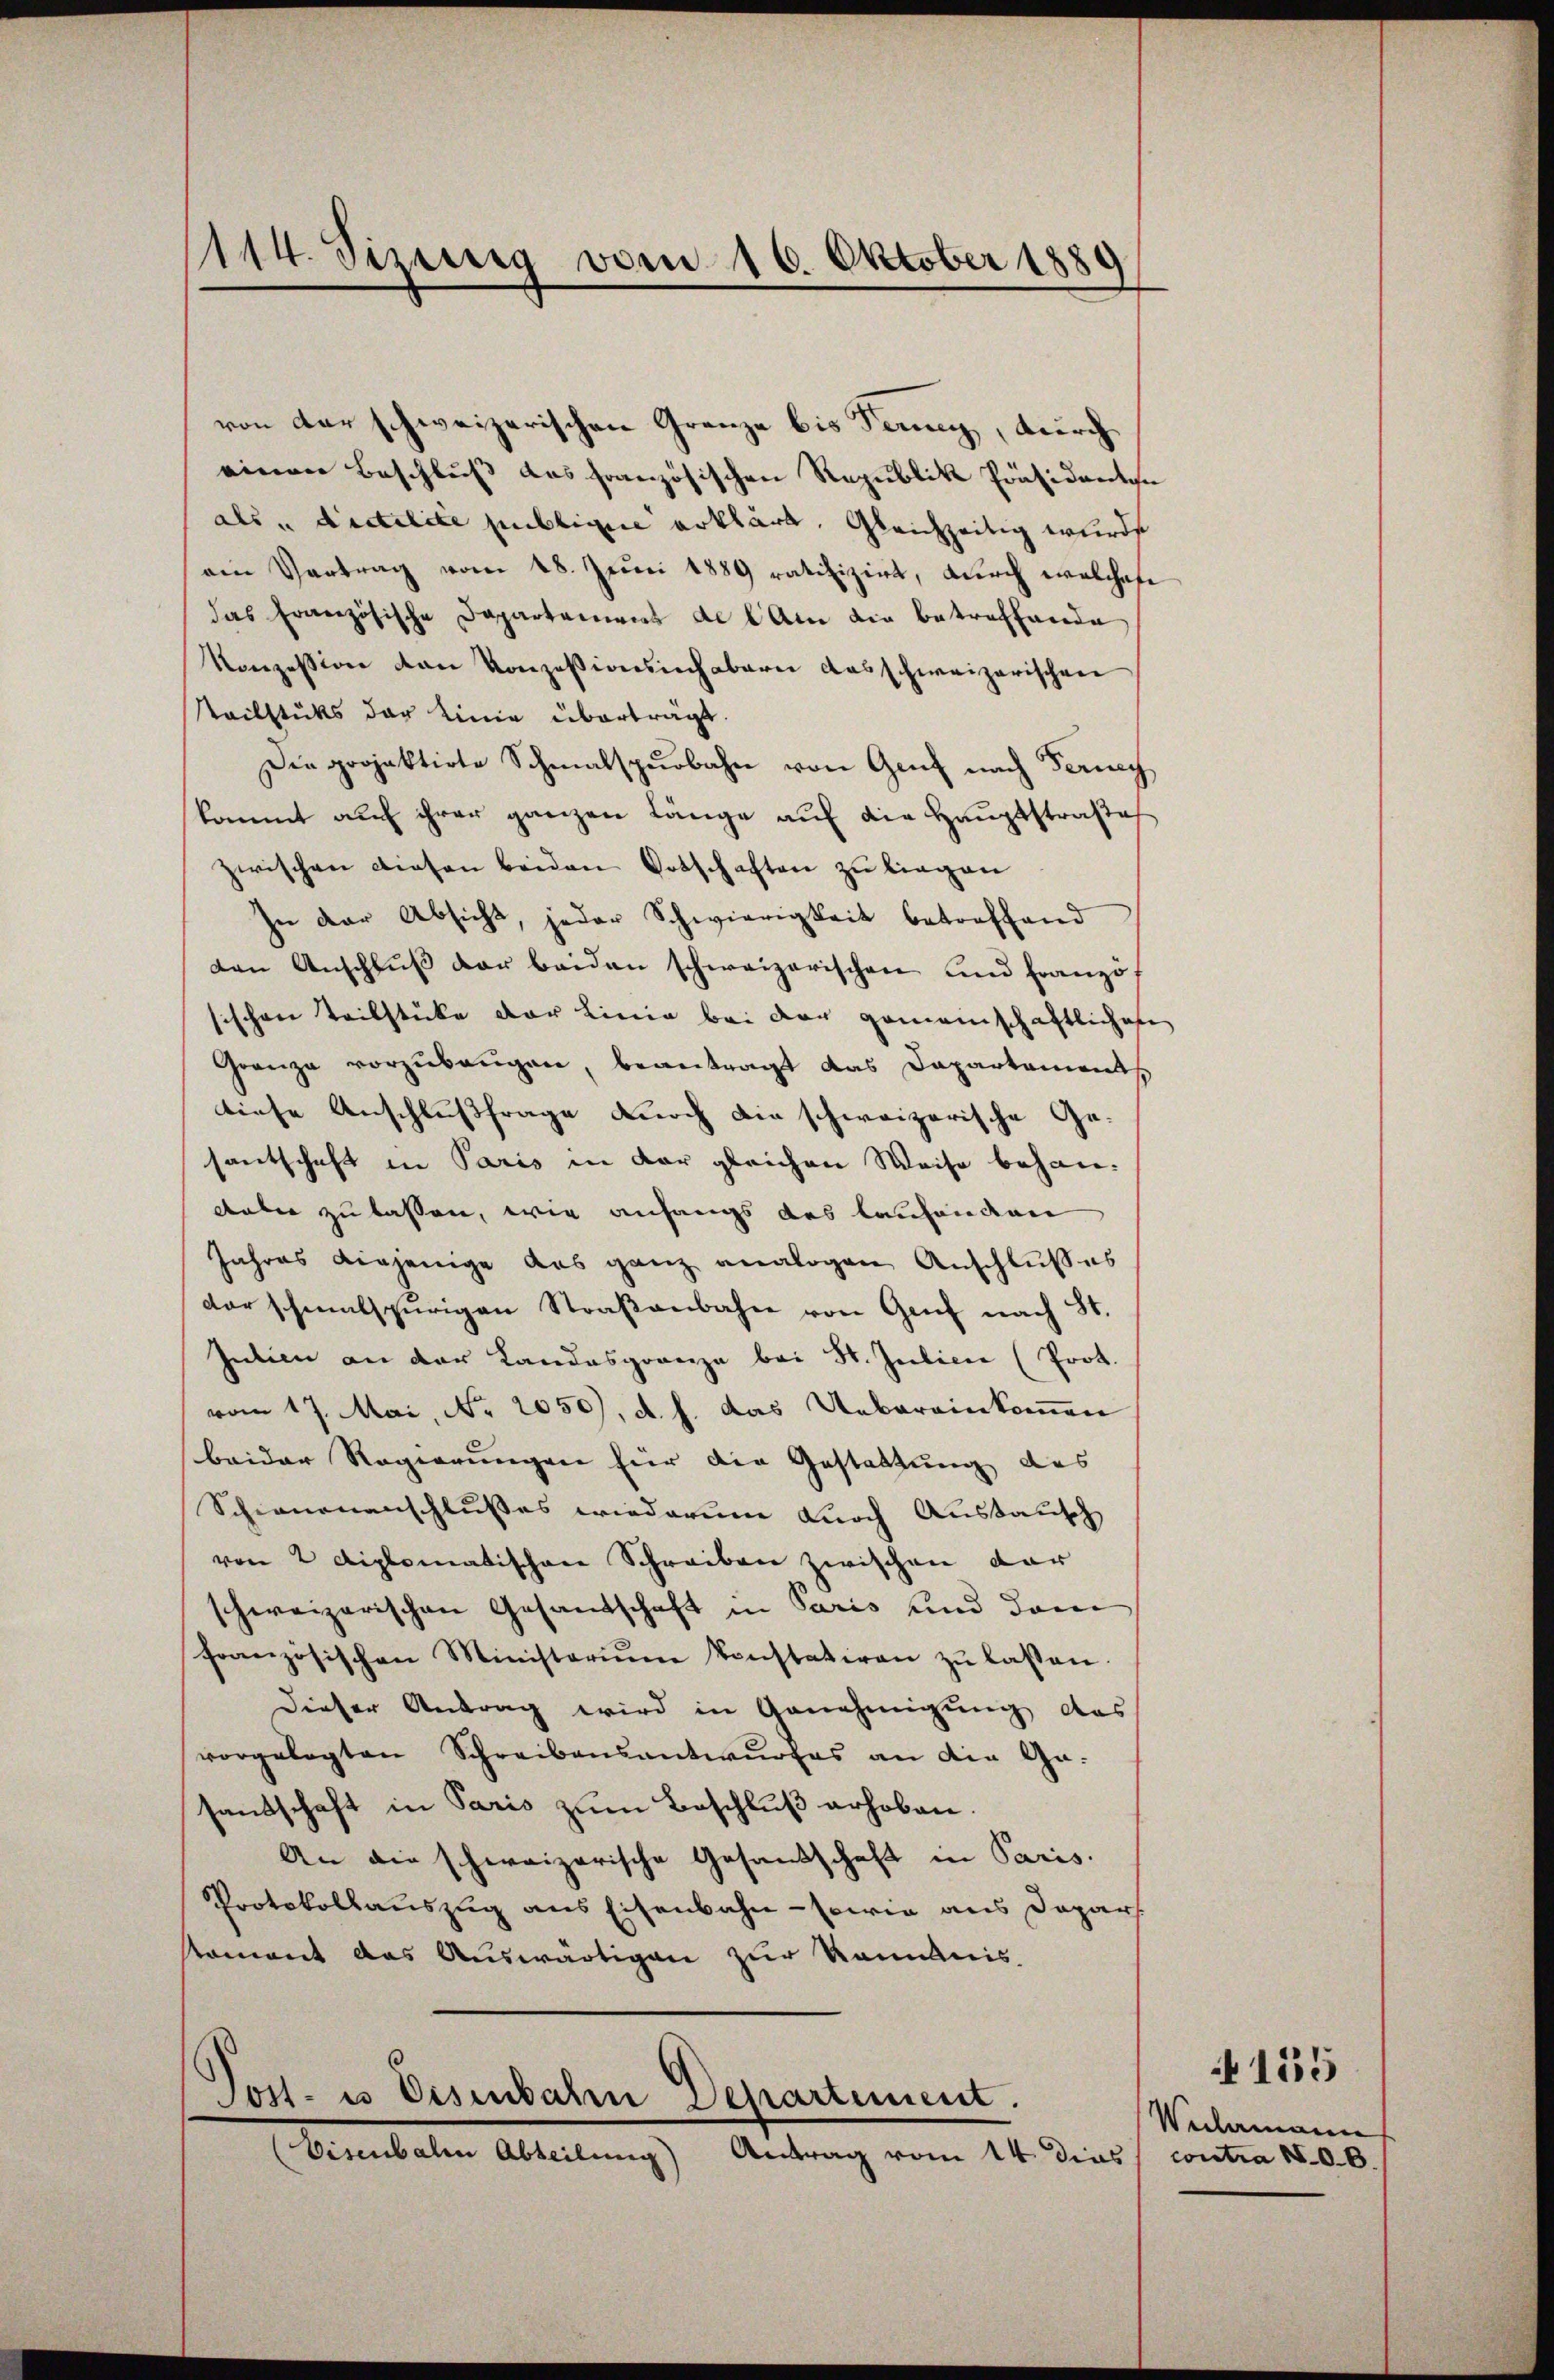
1114. Sinnig vom 16. Oktober 1880

von der schweizerischen Grenze bis Feny, durch
einer Beschluß das französischen Republik Präsidenten
als „dictilite publigen erklärt. Gleichzeitig wurde
ein Vertrag vom 28. Juni 1889 ratifizirt, durch welchafe
das Französische Departamens de l. Am die betreffende
Konzession von Konzessionsinhabern das schweizerischen
Stailstüks der Linie überträgt.
Die projektirte Schmalspurbahn von Genf nach Ferneh
kommt auf ihrer ganzen Länge auf die Hauptstraße
zwischen diesen beiden Botschaften zu liegen
In der Absicht, jeder Schwierigkeit betreffend
den Anschlŭβ der beiden schweizerischen und Französ
sischen Teilstücke der Linie bei der gemeinschaftlichen
Grenze vorzŭbeŭgen, beantragt das Dapartaments
diese Anschlußfrage durch die schweizerische Gesantschaft in Paris in der gleichen Weise behandabei zu lassen, wie anfangs das laufenden
Jahres diejenige das ganz analogen Anschlußes
dar schmalspurigen Straβenbahn von Genf nach St.
Intien an der Landasgrenze bei St. Julien (Prot.
vom 17. Mai, No 2050), d. h. das Uebereinkommen
beider Regierungen für die Gestattung des
Schienenanschlusses wiederum durch Austausch
von 2 diplomatischen Schreiben zwischen dar
schweizerischen Gesandschaft in Paris und dem
französischen Ministerium konstatiren zŭ lassen.
Dieser Antrag wird in Genehmigung des
vorgelegten Schreibensantwurfes an die Ga-
sandschaft in Paris zum Beschluß erhoben.
An die schweizerische Gesandschaft in Paris.
Protokollauszug aus Eisenbahn - sowie aus Depar
Koment das Auswärtigen zur Romanis

Post- us Eisenbahre Departement.

(Eisenbalen Abteilung Antrag vom 14. dies contra 180. 6.

Weclamannes

155